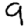
Digit: 9